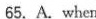
65.A.When